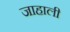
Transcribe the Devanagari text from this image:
जाहाली